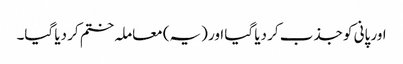
اور پانی کو جذب کر دیا گیا اور (یہ) معاملہ ختم کر دیا گیا۔